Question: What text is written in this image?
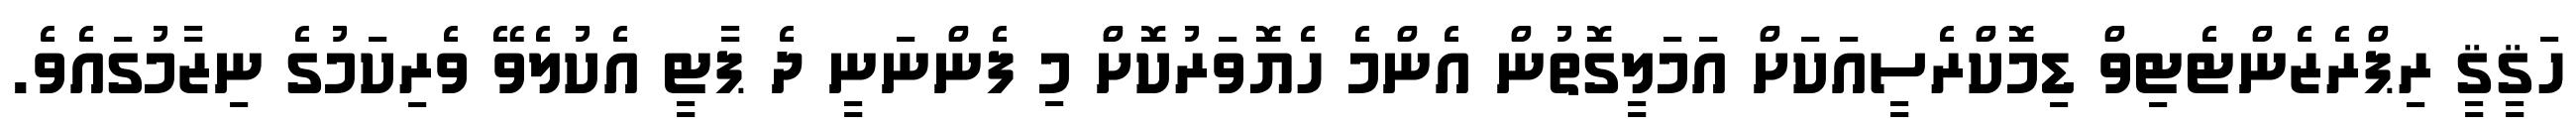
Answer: ހަޤީޤީ ރިޕްރެޒެންޓެޓިވް ޑިމޮކްރެސީއަކަށް އަމަލީގޮތުން އެންމެ ހެޔޮވަރުކޮށް މި ފެންނަނީ ދެ ޕާޓީ އެކުލެވޭ ވެރިކަމުގެ ނިޒާމުގައެވެ.